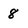
Character: 8